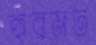
হুরমত